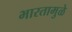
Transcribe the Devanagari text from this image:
भारतामुळे